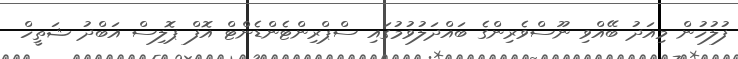
ފުލުހުން މިއަދު ބޭއްވި ނޫސްވެރިންގެ ބައްދަލުވުމުގައި ސްޕްރިންޓެންޑެންޓް އޮފް ޕޮލިސް އަބްދު ޝަތީހް